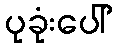
ပုခုံးပေါ်